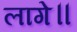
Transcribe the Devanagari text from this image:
लागे॥